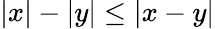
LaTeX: |x|-|y|\leq|x-y|